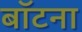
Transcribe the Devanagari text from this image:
बॉटना